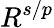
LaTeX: R^{s/p}